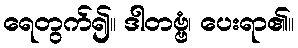
ရေတွက်၍။ ဒါတဗ္ဗံ၊ ပေးရာ၏။